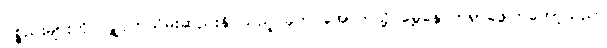
ပစ္စည်းများကို လျှို့ဝှက်သိမ်းဆည်းနိုင်သည့် ခုတင်အောက်သို့ မွှေနှောက်ရှာဖွေကြတော့သည်။